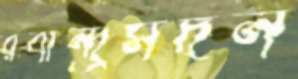
রবীন্দ্রসদন